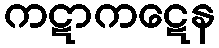
ကဋာကဋေန